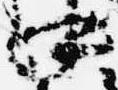
中